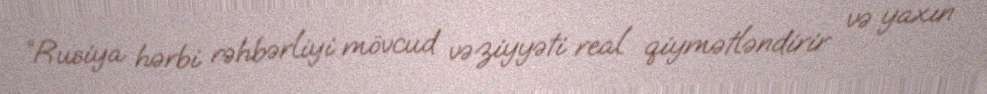
“Rusiya hərbi rəhbərliyi mövcud vəziyyəti real qiymətləndirir və yaxın